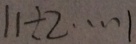
1 1 \div 2 \cdots 1